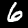
Digit: 6